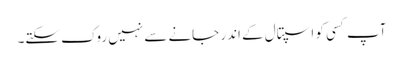
آپ کسی کو اسپتال کے اندر جانے سے نہیں روک سکتے۔